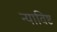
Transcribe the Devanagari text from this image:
न्याविष्ट